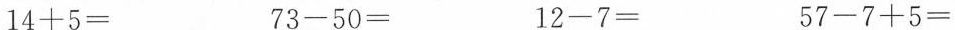
$$1 4 + 5 =$$ $$7 3 - 5 0 =$$ $$1 2 - 7 =$$ $$5 7 - 7 + 5 =$$